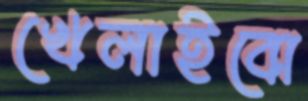
খেলাইবো